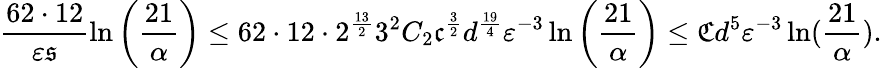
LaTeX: \frac{62\cdot 12}{{\varepsilon}\mathfrak{s}}\ln\left(\frac{21}{\alpha}\right)\leq 62\cdot 12\cdot 2^{\frac{13}{2}}3^{2}C_{2}\mathfrak{c}^{\frac{3}{2}}d^{\frac{19}{4}}{\varepsilon}^{-3}\ln\left(\frac{21}{\alpha}\right)\leq\mathfrak{C}d^{5}{\varepsilon}^{-3}\ln(\frac{21}{\alpha}).